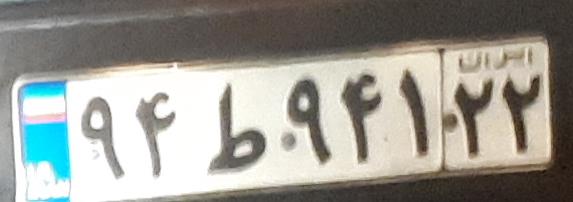
۹۴ط۹۴۱۲۲